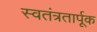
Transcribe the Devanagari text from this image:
स्वतंत्रतार्पूक